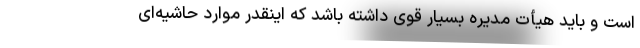
است و باید هیأت مدیره بسیار قوی داشته باشد که اینقدر موارد حاشیه‌ای